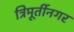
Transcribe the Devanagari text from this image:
त्रिमूर्तीनगर